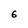
Character: 6